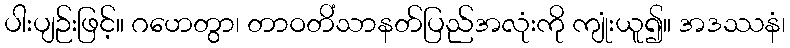
ပါးပျဉ်းဖြင့်။ ဂဟေတွာ၊ တာဝတိံသာနတ်ပြည်အလုံးကို ကျုံးယူ၍။ အဒဿနံ၊